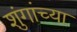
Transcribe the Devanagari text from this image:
शुंगांच्या